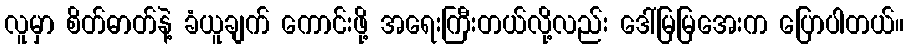
လူမှာ စိတ်ဓာတ်နဲ့ ခံယူချက် ကောင်းဖို့ အရေးကြီးတယ်လို့လည်း ဒေါ်မြမြအေးက ပြောပါတယ်။